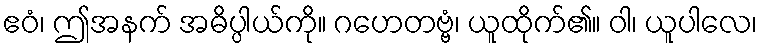
ဧဝံ၊ ဤအနက် အဓိပ္ပါယ်ကို။ ဂဟေတဗ္ဗံ၊ ယူထိုက်၏။ ဝါ၊ ယူပါလေ၊